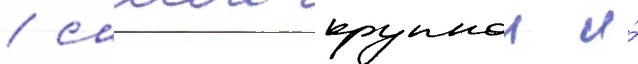
/ самои крупнои и́